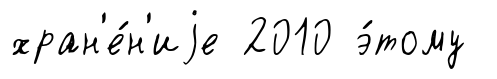
хран'е́н'иjе 2010 э́тому